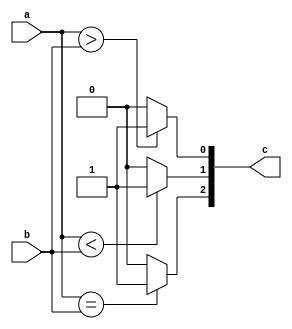
`timescale 1ns / 1ps

// Design Name: Comparision Module 
// Module Name: comparision
// Project Name: 32-bit ALU 


module comparision(
input [31:0] a,
input [31:0] b,
output  [2:0]c

); 
  
  wire [2:0]result;
  

    
         assign  result[0] = (a > b)  ? 1'b1 : 1'b0;
         assign  result[1] = (a < b)  ? 1'b1 : 1'b0;
         assign  result[2] = (a == b) ? 1'b1 : 1'b0;
        


assign c = result;

    
endmodule